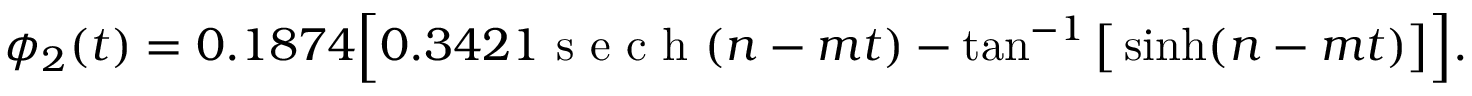
\begin{array} { r } { \phi _ { 2 } ( t ) = 0 . 1 8 7 4 \Big [ 0 . 3 4 2 1 \mathrm { ~ s ~ e ~ c ~ h ~ } ( n - m t ) - \tan ^ { - 1 } \big [ \sinh ( n - m t ) \big ] \Big ] . } \end{array}